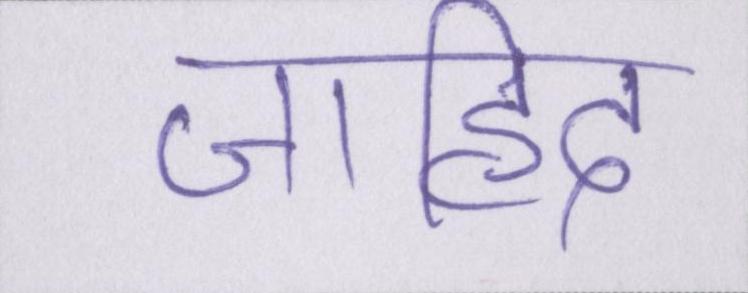
जाहिद